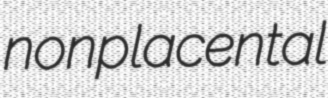
nonplacental